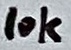
Text: 10K